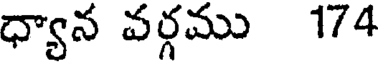
ధ్యాన వర్గము 174